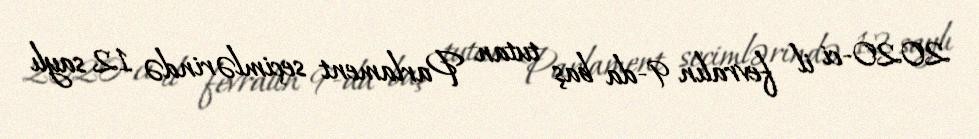
2020-ci il fevralın 9-da baş tutan Parlament seçimlərində 12 saylı